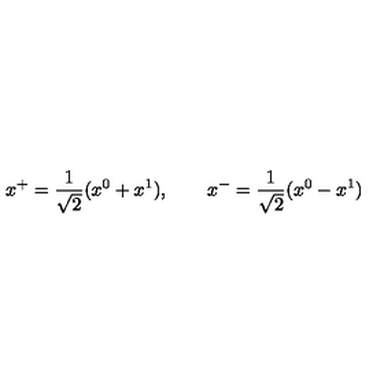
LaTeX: x ^ { + } = \frac { 1 } { \sqrt { 2 } } ( x ^ { 0 } + x ^ { 1 } ) , \qquad x ^ { - } = \frac { 1 } { \sqrt { 2 } } ( x ^ { 0 } - x ^ { 1 } )